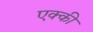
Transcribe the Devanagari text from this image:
एक्की